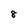
Character: 8